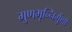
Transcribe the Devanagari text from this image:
गुणभृन्निर्गुणो